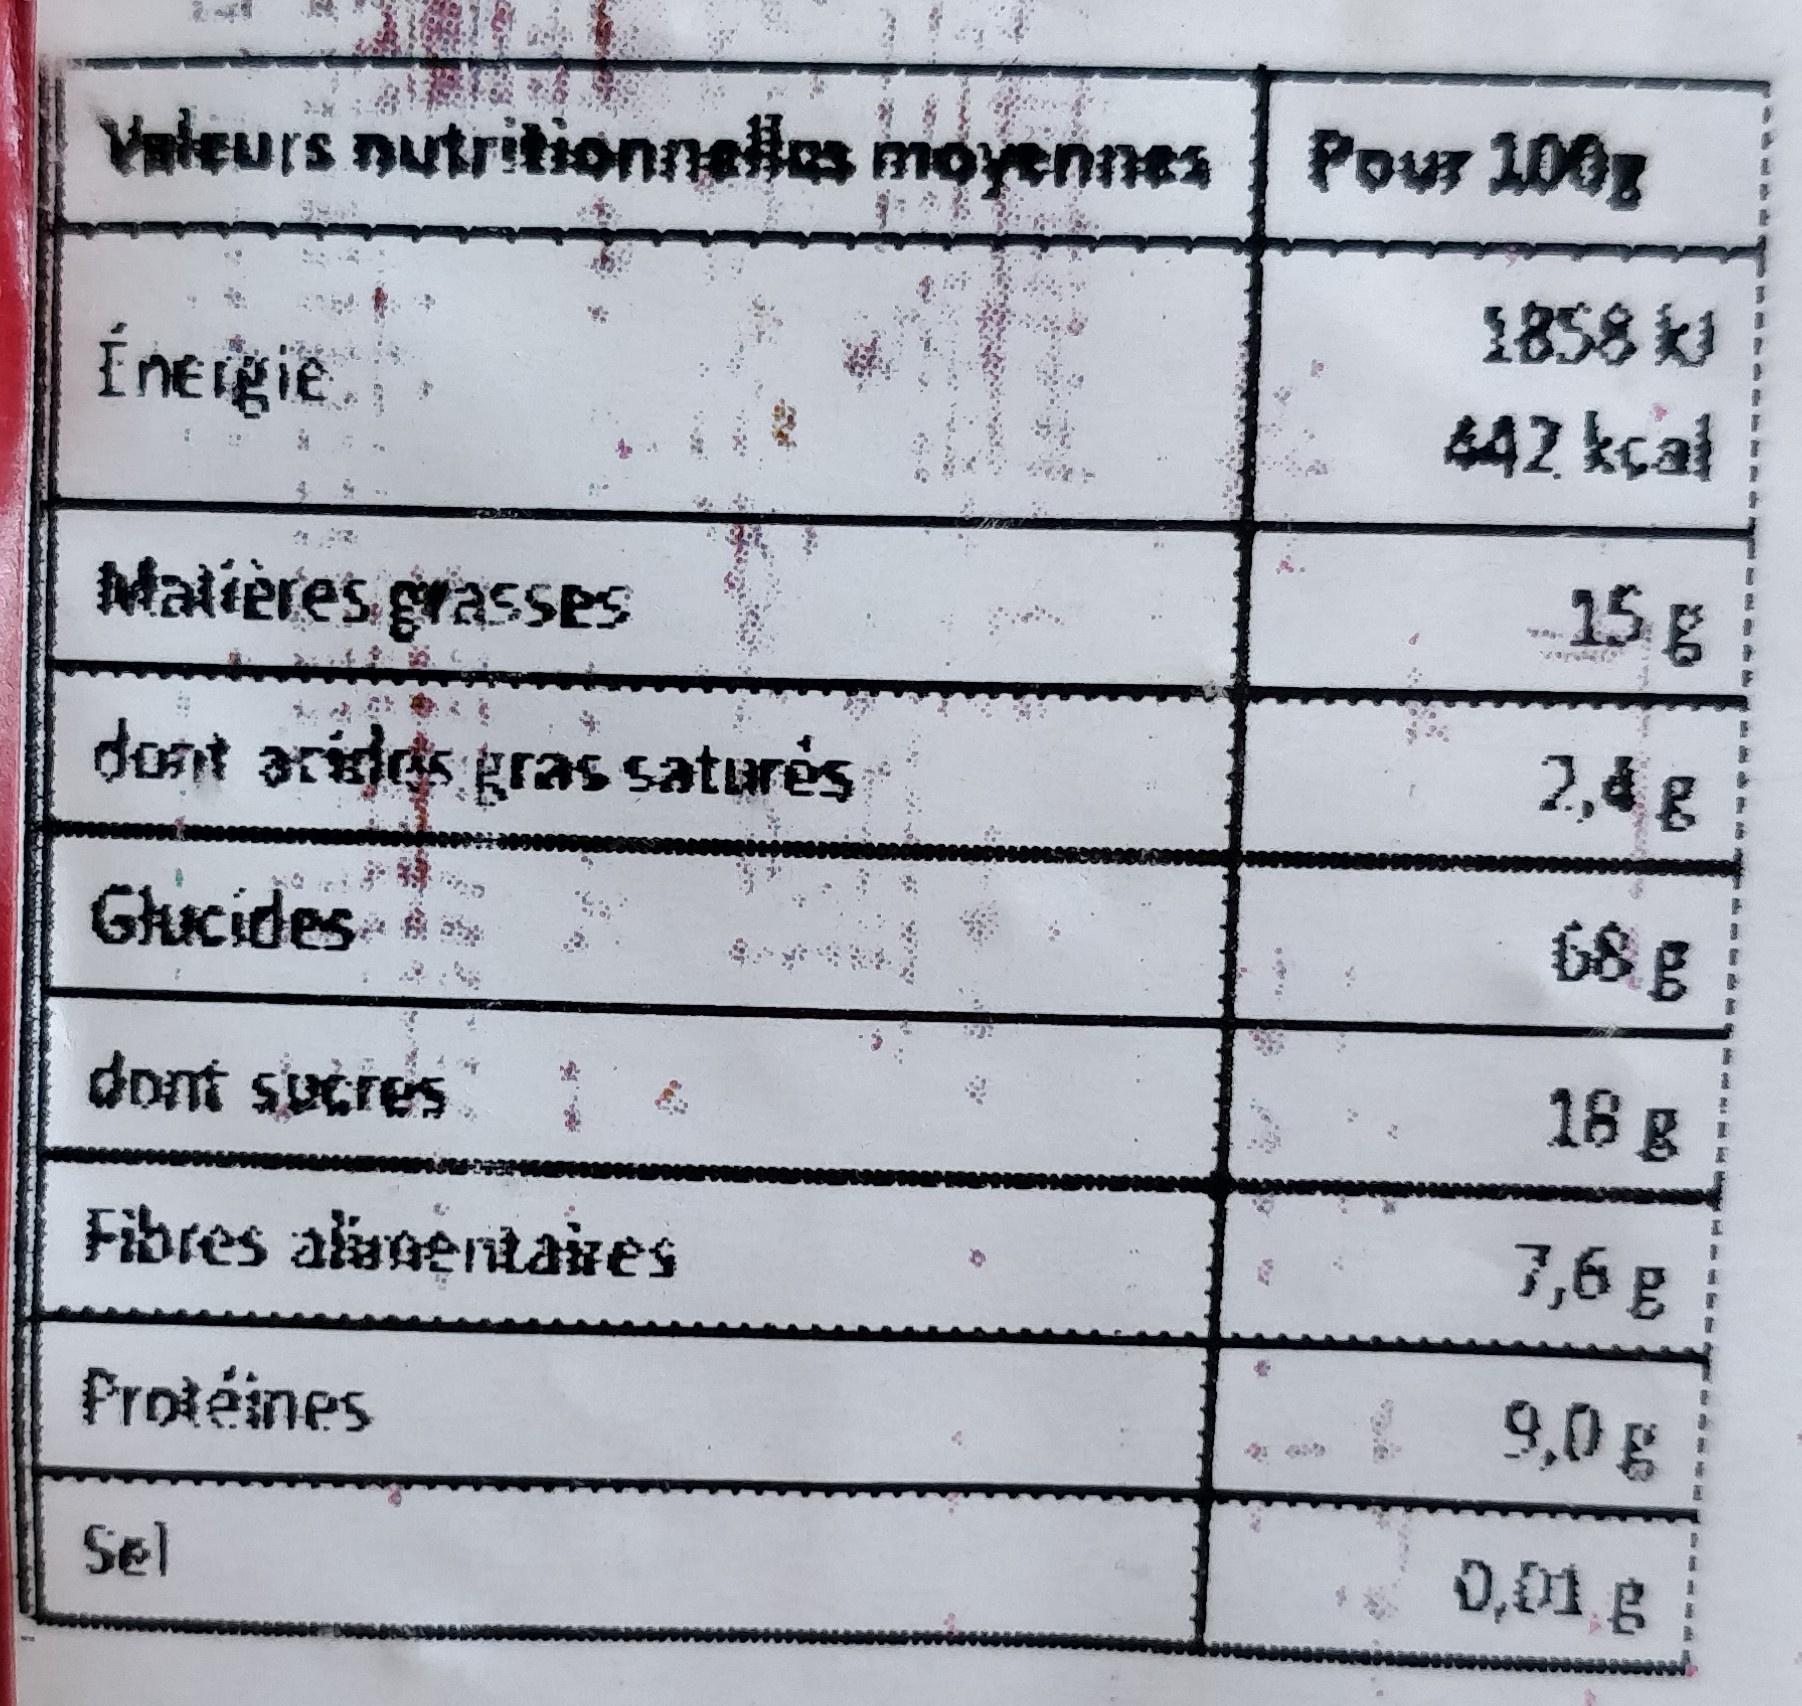
Pour 100g
Valeurs nutritionnelles moyennes
1858 ki
Íneigie
442 kçal
15 g
Malières grassSes
2,4g
dont aridds gras saturės
68
Ghucides
18 g
dont sucres
Fibres alinentaves
7,6 g
9,0g
Protéines
0,01 g
Sel